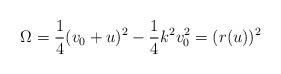
LaTeX: \begin{align*}\Omega = \frac{1}{4} ( v_0 + u)^2 - \frac{1}{4} k^2 v_0^2 = (r(u))^2\end{align*}